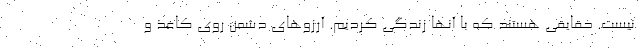
نیست. حقایقی هستند که با آنها زندگی کردیم. آرزوهای دشمن روی کاغذ و